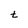
Character: t